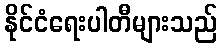
နိုင်ငံရေးပါတီများသည်